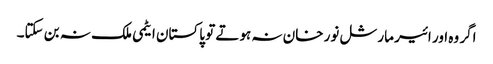
اگر وہ اور ائیر مارشل نور خان نہ ہوتے تو پاکستان ایٹمی ملک نہ بن سکتا۔